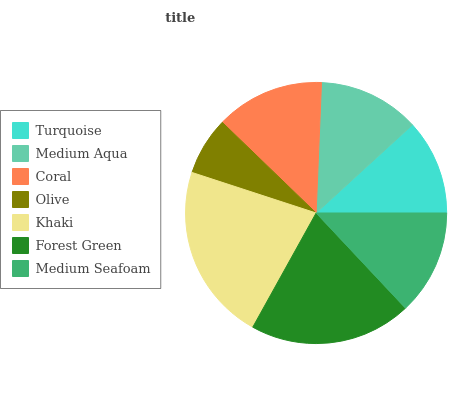
| Turquoise | Medium Aqua | Coral | Olive | Khaki | Forest Green | Medium Seafoam |
 | --- | --- | --- | --- | --- | --- | --- |
 | 11.8% | 12.5% | 13.4% | 7.21% | 22% | 20.1% | 13% |